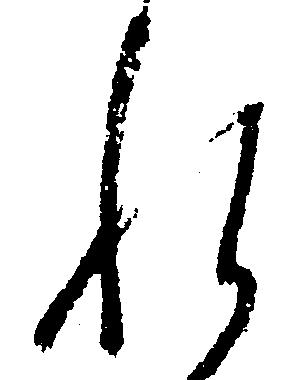
れ